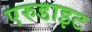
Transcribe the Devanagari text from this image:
एरुडाइट